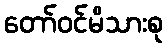
တော်ဝင်မိသားစု